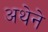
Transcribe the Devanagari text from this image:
अथेने